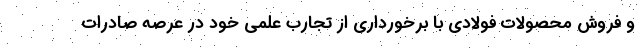
و فروش محصولات فولادی با برخورداری از تجارب علمی خود در عرصه صادرات